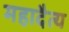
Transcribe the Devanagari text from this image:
महादैत्य